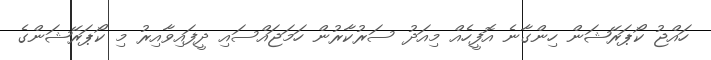
ހައްޖު ކޯޕަރޭޝަން ހިންގާނެ އޮފީހެއް މިއަދު ސަރުކާރުން ހަމަޖައްސައި ދީފައިވާއިރު މި ކޯޕަރޭޝަންގެ